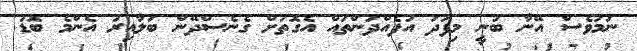
ނަމަވެސް އޭނާ ބުނީ މިފަދަ އުފެއްދުންތައް އެގޮތަށް ގެނެސްދޭން ބަލާއިރު އެންމެ ބޮޑު